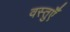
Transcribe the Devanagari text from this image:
वस्तुऍँ